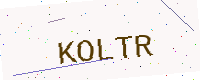
Text: KOLTR